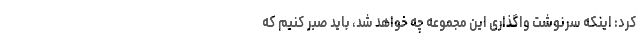
کرد: اینکه سرنوشت واگذاری این مجموعه چه خواهد شد، باید صبر کنیم که